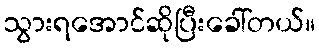
သွားရအောင်ဆိုပြီးခေါ်တယ်။